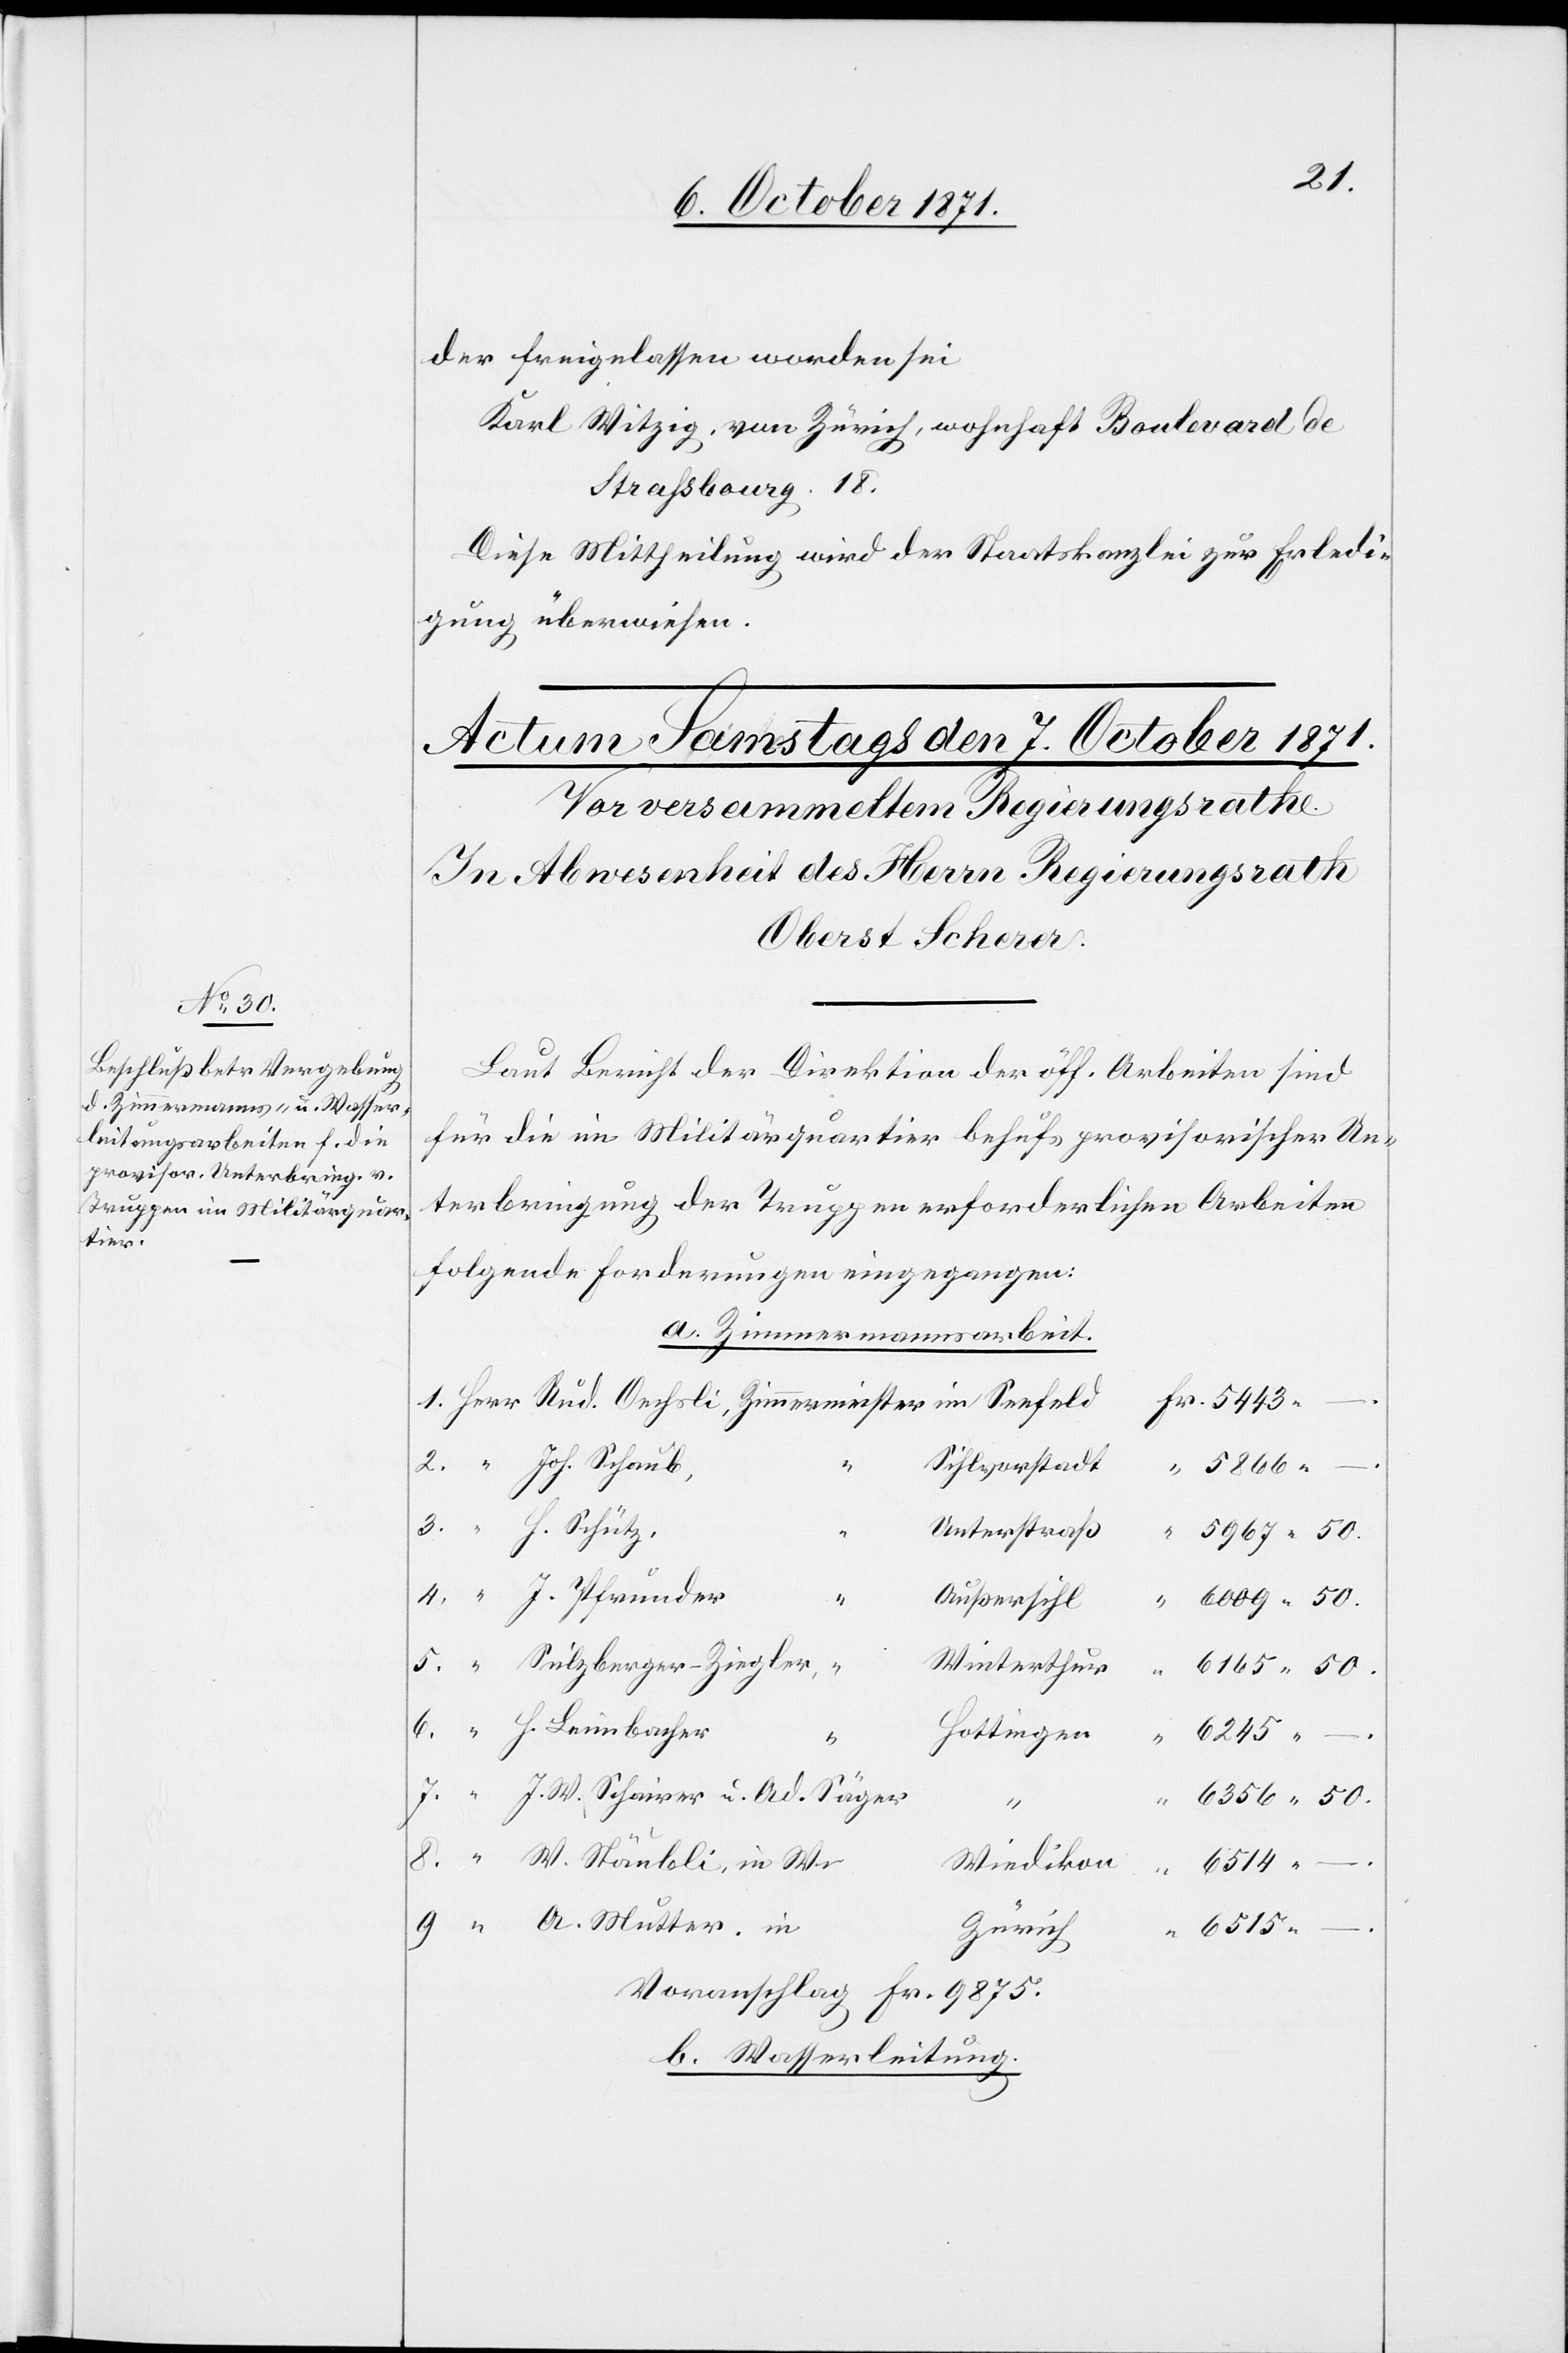
Herr

der freigelassen worden sei.
Karl Witzig, von Zürich, wohnhaft Boulevard de
Straßbourg 18.
Diese Mittheilung wird der Staatskanzlei zur Erledi¬
“
gung überwiesen.
Laut Bericht der Direktion der öff. Arbeiten sind
für die im Militärquartier behufs provisorischer Un¬
terbringung der Truppen erforderlichen Arbeiten
folgende Forderungen eingegangen.
a. Zimmermannsarbeit.
Silvorstadt
Joh. Schaub,
5866.–.
3.
H. Schütz,
Unterstraß
5967.50
Außersihl
Winterthur
2.
6165.50
W.
Hottingen
6245.–.
“
9.
J. W. Schärer u. Ad. Säger
6356.50
8.
Zürich
“
Voranschlag Fr. 9875.
b. Wasserleitung.